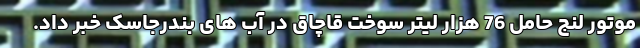
موتور لنج حامل 76 هزار لیتر سوخت قاچاق در آب های بندرجاسک خبر داد.